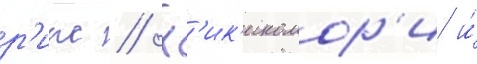
р'иас // Х'ик'икомор'и и́